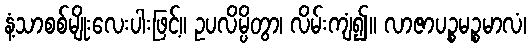
နံ့သာစစ်မျိုးလေးပါးဖြင့်။ ဥပလိမ္ပိတွာ၊ လိမ်းကျံ၍။ လာဇာပဉ္စမဉ္စမာလံ၊